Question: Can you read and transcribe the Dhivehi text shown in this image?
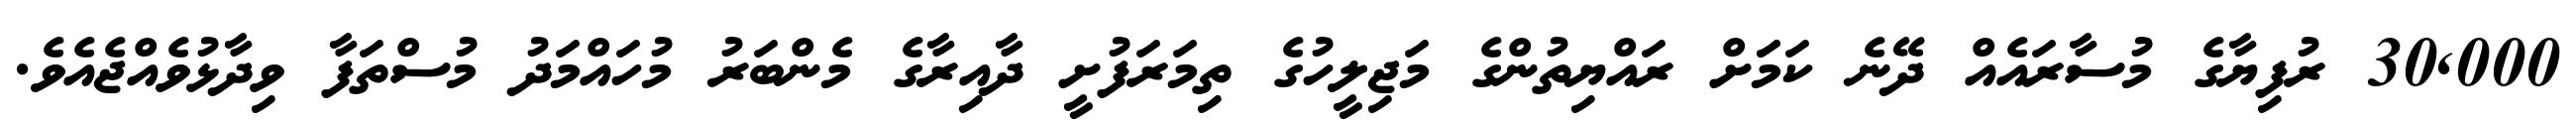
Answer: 30,000 ރުފިޔާގެ މުސާރައެއް ދޭނެ ކަމަަށް ރައްޔިތުންގެ މަޖިލީހުގެ ތިމަރަފުށީ ދާއިރާގެ މެންބަރު މުހައްމަދު މުސްތަފާ ވިދާޅުވެއްޖެއެވެ.